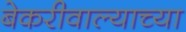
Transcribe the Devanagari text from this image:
बेकरीवाल्याच्या